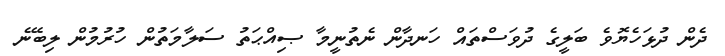
ދެން ދުޅަހެޔޮވެ ބަލީގެ ދުވަސްތައް ހަނދާން ނެތުނީމާ ޞިއްޙަތު ސަލާމަތުން ހުރުމުން ލިބޭނެ